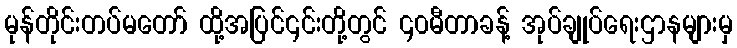
မုန်တိုင်းတပ်မတော် ထို့အပြင်၎င်းတို့တွင် ၄၀မီတာခန့် အုပ်ချုပ်ရေးဌာနများမှ